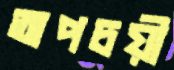
অপচয়ী